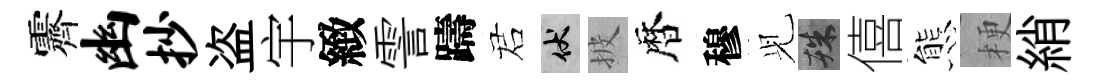
霽幽抄盗宇緻霅躊诺伏披暦穆𫤗殊僖態梗綃